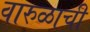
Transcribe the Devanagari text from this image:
वारुळाची